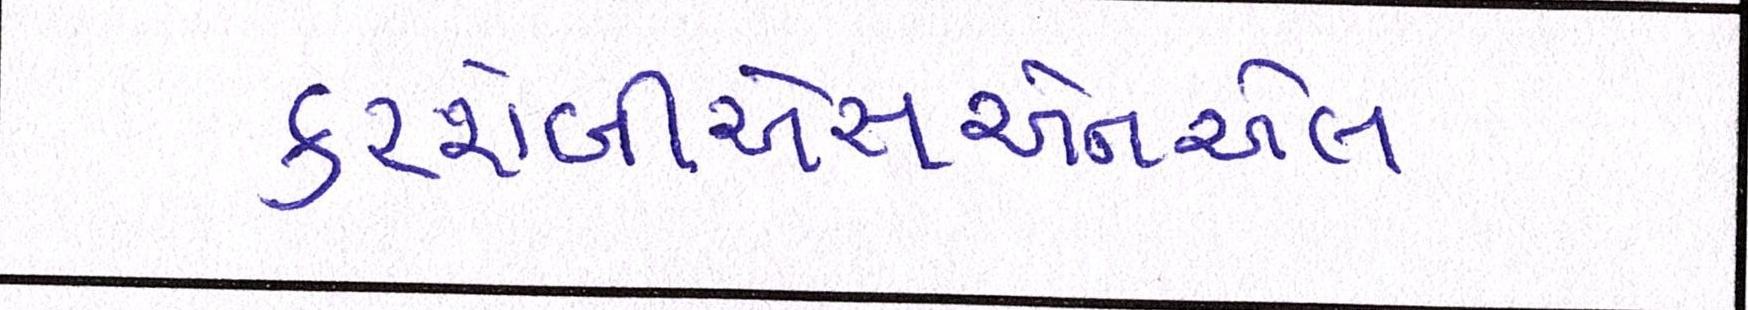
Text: કરશેબીએસએનએલ